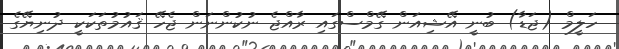
ހަލީމް (ޖަޑާ) ބުނީ އޭޝިއަން ގޭމްސްގައި ރާއްޖެ ނުކުންނަން ޖެހޭ ޤައުމުތަކަކީ ދުނިޔޭގެ